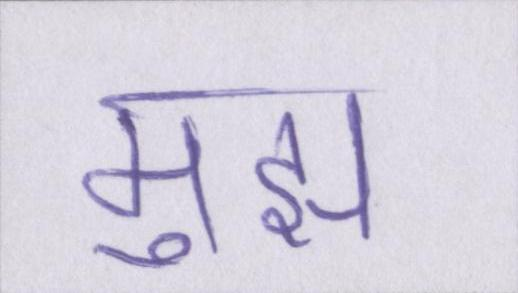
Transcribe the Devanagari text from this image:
मुझ